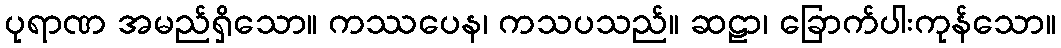
ပုရာဏ အမည်ရှိသော။ ကဿပေန၊ ကသပသည်။ ဆဠာ၊ ခြောက်ပါးကုန်သော။